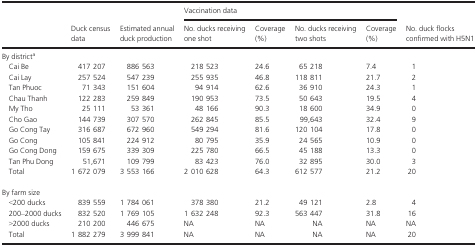
<table><thead><tr><td rowspan="2"></td><td rowspan="2"><b>Duck census data</b></td><td rowspan="2"><b>Estimated annual duck production</b></td><td colspan="4"><b>Vaccination data</b></td><td rowspan="2"><b>No. duck flocks confirmed with H5N1</b></td></tr><tr><td><b>No. ducks receiving one shot</b></td><td><b>Coverage (%)</b></td><td><b>No. ducks receiving two shots</b></td><td><b>Coverage (%)</b></td></tr></thead><tbody><tr><td colspan="8">By districta</td></tr><tr><td>Cai Be</td><td>417 207</td><td>886 563</td><td>218 523</td><td>24.6</td><td>65 218</td><td>7.4</td><td>1</td></tr><tr><td>Cai Lay</td><td>257 524</td><td>547 239</td><td>255 935</td><td>46.8</td><td>118 811</td><td>21.7</td><td>2</td></tr><tr><td>Tan Phuoc</td><td>71 343</td><td>151 604</td><td>94 914</td><td>62.6</td><td>36 910</td><td>24.3</td><td>1</td></tr><tr><td>Chau Thanh</td><td>122 283</td><td>259 849</td><td>190 953</td><td>73.5</td><td>50 643</td><td>19.5</td><td>4</td></tr><tr><td>My Tho</td><td>25 111</td><td>53 361</td><td>48 166</td><td>90.3</td><td>18 600</td><td>34.9</td><td>0</td></tr><tr><td>Cho Gao</td><td>144 739</td><td>307 570</td><td>262 845</td><td>85.5</td><td>99,643</td><td>32.4</td><td>9</td></tr><tr><td>Go Cong Tay</td><td>316 687</td><td>672 960</td><td>549 294</td><td>81.6</td><td>120 104</td><td>17.8</td><td>0</td></tr><tr><td>Go Cong</td><td>105 841</td><td>224 912</td><td>80 795</td><td>35.9</td><td>24 565</td><td>10.9</td><td>0</td></tr><tr><td>Go Cong Dong</td><td>159 675</td><td>339 309</td><td>225 780</td><td>66.5</td><td>45 188</td><td>13.3</td><td>0</td></tr><tr><td>Tan Phu Dong</td><td>51,671</td><td>109 799</td><td>83 423</td><td>76.0</td><td>32 895</td><td>30.0</td><td>3</td></tr><tr><td>Total</td><td>1 672 079</td><td>3 553 166</td><td>2 010 628</td><td>64.3</td><td>612 577</td><td>21.2</td><td>20</td></tr><tr><td colspan="8">By farm size</td></tr><tr><td>&lt;200 ducks</td><td>839 559</td><td>1 784 061</td><td>378 380</td><td>21.2</td><td>49 121</td><td>2.8</td><td>4</td></tr><tr><td>200–2000 ducks</td><td>832 520</td><td>1 769 105</td><td>1 632 248</td><td>92.3</td><td>563 447</td><td>31.8</td><td>16</td></tr><tr><td>&gt;2000 ducks</td><td>210 200</td><td>446 675</td><td>NA</td><td>NA</td><td>NA</td><td>NA</td><td>NA</td></tr><tr><td>Total</td><td>1 882 279</td><td>3 999 841</td><td>NA</td><td>NA</td><td>NA</td><td>NA</td><td>20</td></tr></tbody></table>